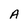
Character: A